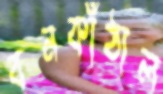
বনকাঁঠাল